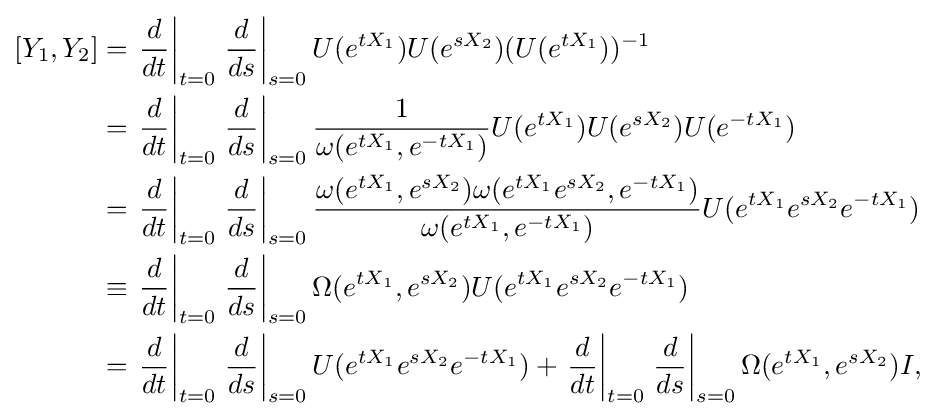
{\begin{aligned}[][Y_{1},Y_{2}]&=\left.{\frac {d}{dt}}\right|_{t=0}\left.{\frac {d}{ds}}\right|_{s=0}U(e^{tX_{1}})U(e^{sX_{2}})(U(e^{tX_{1}}))^{-1}\\&=\left.{\frac {d}{dt}}\right|_{t=0}\left.{\frac {d}{ds}}\right|_{s=0}{\frac {1}{\omega (e^{tX_{1}},e^{-tX_{1}})}}U(e^{tX_{1}})U(e^{sX_{2}})U(e^{-tX_{1}})\\&=\left.{\frac {d}{dt}}\right|_{t=0}\left.{\frac {d}{ds}}\right|_{s=0}{\frac {\omega (e^{tX_{1}},e^{sX_{2}})\omega (e^{tX_{1}}e^{sX_{2}},e^{-tX_{1}})}{\omega (e^{tX_{1}},e^{-tX_{1}})}}U(e^{tX_{1}}e^{sX_{2}}e^{-tX_{1}})\\&\equiv \left.{\frac {d}{dt}}\right|_{t=0}\left.{\frac {d}{ds}}\right|_{s=0}\Omega (e^{tX_{1}},e^{sX_{2}})U(e^{tX_{1}}e^{sX_{2}}e^{-tX_{1}})\\&=\left.{\frac {d}{dt}}\right|_{t=0}\left.{\frac {d}{ds}}\right|_{s=0}U(e^{tX_{1}}e^{sX_{2}}e^{-tX_{1}})+\left.{\frac {d}{dt}}\right|_{t=0}\left.{\frac {d}{ds}}\right|_{s=0}\Omega (e^{tX_{1}},e^{sX_{2}})I,\end{aligned}}